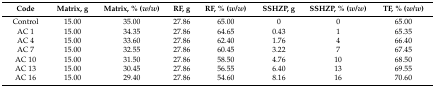
<table><thead><tr><td><b>Code</b></td><td><b>Matrix, g</b></td><td><b>Matrix, % (<i>w</i>/<i>w</i>)</b></td><td><b>RF, g</b></td><td><b>RF, % (<i>w</i>/<i>w</i>)</b></td><td><b>SSHZP, g</b></td><td><b>SSHZP, % (<i>w</i>/<i>w</i>)</b></td><td><b>TF, % (<i>w</i>/<i>w</i>)</b></td></tr></thead><tbody><tr><td>Control</td><td>15.00</td><td>35.00</td><td>27.86</td><td>65.00</td><td>0</td><td>0</td><td>65.00</td></tr><tr><td>AC 1</td><td>15.00</td><td>34.35</td><td>27.86</td><td>64.65</td><td>0.43</td><td>1</td><td>65.35</td></tr><tr><td>AC 4</td><td>15.00</td><td>33.60</td><td>27.86</td><td>62.40</td><td>1.76</td><td>4</td><td>66.40</td></tr><tr><td>AC 7</td><td>15.00</td><td>32.55</td><td>27.86</td><td>60.45</td><td>3.22</td><td>7</td><td>67.45</td></tr><tr><td>AC 10</td><td>15.00</td><td>31.50</td><td>27.86</td><td>58.50</td><td>4.76</td><td>10</td><td>68.50</td></tr><tr><td>AC 13</td><td>15.00</td><td>30.45</td><td>27.86</td><td>56.55</td><td>6.40</td><td>13</td><td>69.55</td></tr><tr><td>AC 16</td><td>15.00</td><td>29.40</td><td>27.86</td><td>54.60</td><td>8.16</td><td>16</td><td>70.60</td></tr></tbody></table>